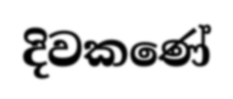
දිවකණේ